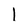
Character: l